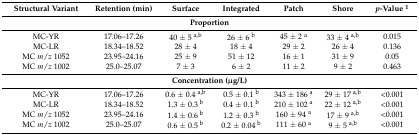
<table><thead><tr><td><b>Structural Variant</b></td><td><b>Retention (min)</b></td><td><b>Surface</b></td><td><b>Integrated</b></td><td><b>Patch</b></td><td><b>Shore</b></td><td><b><i>p</i>-Value <sup>1</sup></b></td></tr><tr><td colspan="7"><b>Proportion</b></td></tr></thead><tbody><tr><td>MC-YR</td><td>17.06–17.26</td><td>40 ± 5 <sup>a,b</sup></td><td>26 ± 6 <sup>b</sup></td><td>45 ± 2 <sup>a</sup></td><td>33 ± 4 <sup>a,b</sup></td><td>0.015</td></tr><tr><td>MC-LR</td><td>18.34–18.52</td><td>28 ± 4</td><td>18 ± 4</td><td>29 ± 2</td><td>26 ± 4</td><td>0.136</td></tr><tr><td>MC <i>m</i>/<i>z</i> 1052</td><td>23.95–24.16</td><td>25 ± 9</td><td>51 ± 12</td><td>16 ± 1</td><td>31 ± 9</td><td>0.05</td></tr><tr><td>MC <i>m</i>/<i>z</i> 1002</td><td>25.0–25.07</td><td>7 ± 3</td><td>6 ± 2</td><td>11 ± 2</td><td>9 ± 2</td><td>0.463</td></tr><tr><td colspan="7"><b>Concentration (μg/L)</b></td></tr><tr><td>MC-YR</td><td>17.06–17.26</td><td>0.6 ± 0.4 <sup>a,b</sup></td><td>0.5 ± 0.1 <sup>b</sup></td><td>343 ± 186 <sup>a</sup></td><td>29 ± 17 <sup>a,b</sup></td><td>&lt;0.001</td></tr><tr><td>MC-LR</td><td>18.34–18.52</td><td>1.3 ± 0.3 <sup>b</sup></td><td>0.4 ± 0.1 <sup>b</sup></td><td>210 ± 102 <sup>a</sup></td><td>22 ± 12 <sup>a,b</sup></td><td>&lt;0.001</td></tr><tr><td>MC <i>m</i>/<i>z</i> 1052</td><td>23.95–24.16</td><td>1.4 ± 0.6 <sup>b</sup></td><td>1.2 ± 0.3 <sup>b</sup></td><td>160 ± 94 <sup>a</sup></td><td>17 ± 9 <sup>a,b</sup></td><td>&lt;0.001</td></tr><tr><td>MC <i>m</i>/<i>z</i> 1002</td><td>25.0–25.07</td><td>0.6 ± 0.5 <sup>b</sup></td><td>0.2 ± 0.04 <sup>b</sup></td><td>111 ± 60 <sup>a</sup></td><td>9 ± 5 <sup>a,b</sup></td><td>&lt;0.001</td></tr></tbody></table>